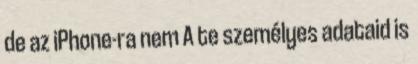
de az iPhone-ra nem A te személyes adataid is